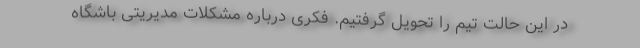
در این حالت تیم را تحویل گرفتیم. فکری درباره مشکلات مدیریتی باشگاه